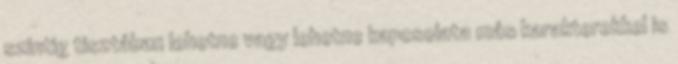
szintig tisztában lehetne vagy lehetne kapcsolata más karakterekkel is